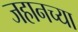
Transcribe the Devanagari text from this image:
जहानच्या